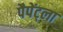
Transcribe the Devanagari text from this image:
पैपेंट्ला